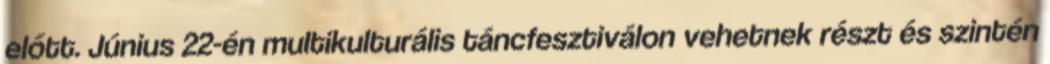
előtt. Június 22-én multikulturális táncfesztiválon vehetnek részt és szintén